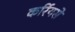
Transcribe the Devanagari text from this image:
कर्रियसे